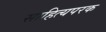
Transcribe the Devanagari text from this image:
साहित्यपरक